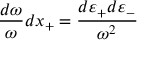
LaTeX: \frac { d \omega } { \omega } d x _ { + } = \frac { d \varepsilon _ { + } d \varepsilon _ { - } } { \omega ^ { 2 } }